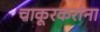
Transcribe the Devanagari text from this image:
चाकूरकरांना